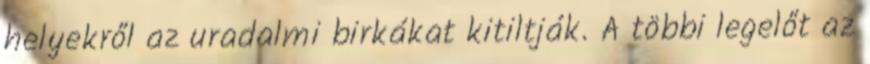
helyekről az uradalmi birkákat kitiltják. A többi legelőt az